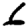
Digit: 6